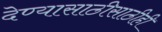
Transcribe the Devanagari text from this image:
देण्यासाठीसाठीही